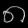
Digit: ၈